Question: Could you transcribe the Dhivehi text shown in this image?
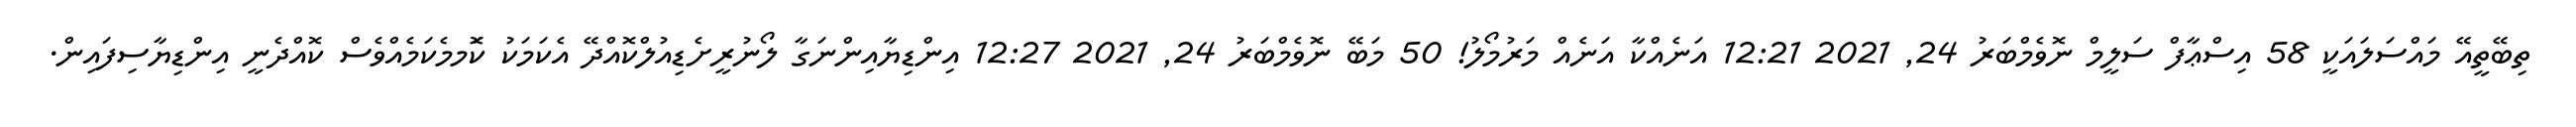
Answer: ތިބޭތީއޭ މައްސަލައަކީ 58 އިސްޢާފް ސަލީމް ނޮވެމްބަރު 24, 2021 12:21 އަނެއްކާ އަނެއް މަރުމޯލު! 50 މަބޭ ނޮވެމްބަރު 24, 2021 12:27 އިންޑިޔާއިންނަގާ ލޯނުރީށެޑިއުލްކޮއްދޭ އެކަމަކު ކޮަމމެކަމެއްވެސް ކޮއްދެނީ އިންޑިޔާސިފައިން.